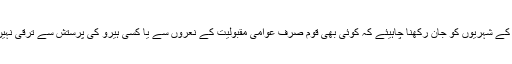
پاکستان کے شہریوں کو جان رکھنا چاہیئے کہ کوئی بھی قوم صرف عوامی مقبولیت کے نعروں سے یا کسی ہیرو کی پرستش سے ترقی نہیں کرتی۔